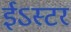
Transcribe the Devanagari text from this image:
ईऽस्टर